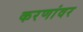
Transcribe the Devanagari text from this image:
करणांवर